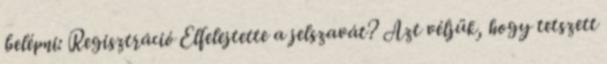
belépni: Regisztráció Elfelejtette a jelszavát? Azt véljük, hogy tetszett